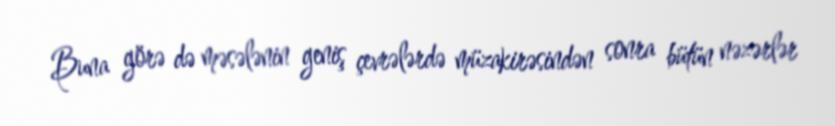
Buna görə də məsələnin geniş çevrələrdə müzakirəsindən sonra bütün nəzərlər